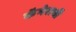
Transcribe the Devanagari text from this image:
कॅमेराची